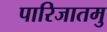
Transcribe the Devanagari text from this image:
पारिजातमु